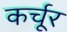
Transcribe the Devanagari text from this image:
कर्चूर